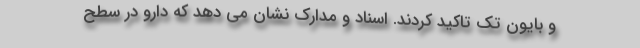
و بایون تک تاکید کردند. اسناد و مدارک نشان می دهد که دارو در سطح